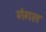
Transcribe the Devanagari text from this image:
गंगल